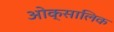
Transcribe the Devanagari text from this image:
ओक्सालिक